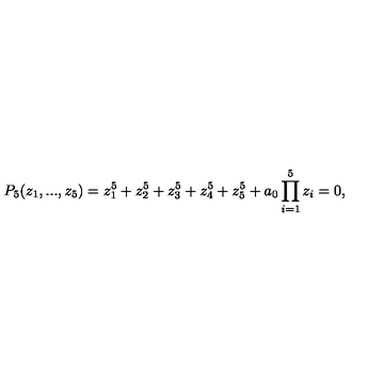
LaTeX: P _ { 5 } ( z _ { 1 } , . . . , z _ { 5 } ) = z _ { 1 } ^ { 5 } + z _ { 2 } ^ { 5 } + z _ { 3 } ^ { 5 } + z _ { 4 } ^ { 5 } + z _ { 5 } ^ { 5 } + a _ { 0 } \prod _ { i = 1 } ^ { 5 } z _ { i } = 0 ,